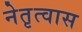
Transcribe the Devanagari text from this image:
नेतृत्वास